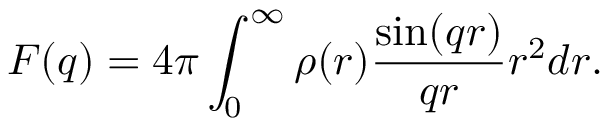
F ( q ) = 4 \pi \int _ { 0 } ^ { \infty } \rho ( r ) \frac { \sin ( q r ) } { q r } r ^ { 2 } d r .